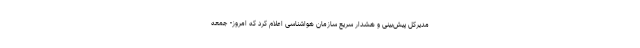
مدیرکل پیش‌بینی و هشدار سریع سازمان هواشناسی اعلام کرد که امروز- جمعه